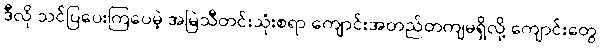
ဒီလို သင်ပြပေးကြပေမဲ့ အမြဲသီတင်းသုံးစရာ ကျောင်းအတည်တကျမရှိလို့ ကျောင်းတွေ